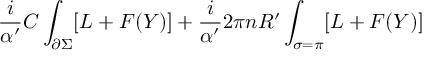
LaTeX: \frac { i } { \alpha ^ { \prime } } C \int _ { \partial \Sigma } [ L + F ( Y ) ] + \frac { i } { \alpha ^ { \prime } } 2 \pi n R ^ { \prime } \int _ { \sigma = \pi } [ L + F ( Y ) ]